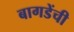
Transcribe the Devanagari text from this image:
बागडेंची